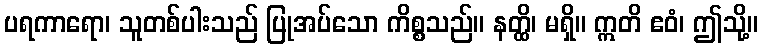
ပရကာရော၊ သူတစ်ပါးသည် ပြုအပ်သော ကိစ္စသည်။ နတ္ထိ၊ မရှိ။ ဣတိ ဧဝံ၊ ဤသို့။